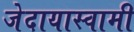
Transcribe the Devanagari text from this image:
जेदायास्वामी